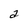
Character: a